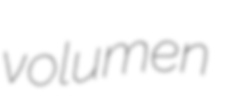
volumen